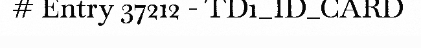
# Entry 37212 - TD1_ID_CARD